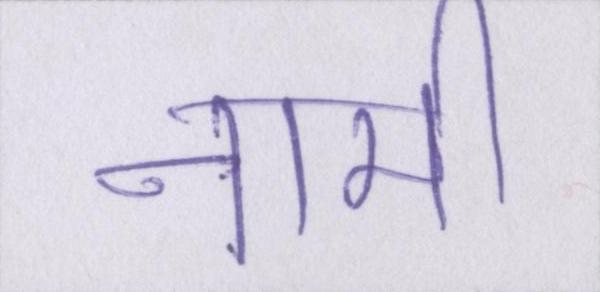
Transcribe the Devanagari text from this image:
नामी